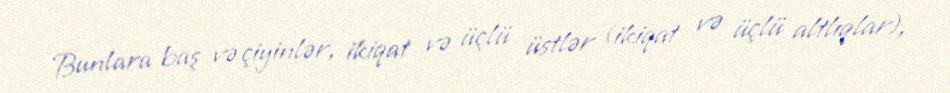
Bunlara baş və çiyinlər, ikiqat və üçlü üstlər (ikiqat və üçlü altlıqlar),